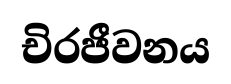
චිරජීවනය